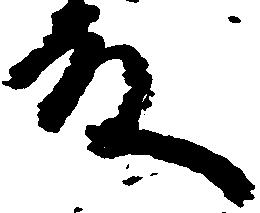
殿